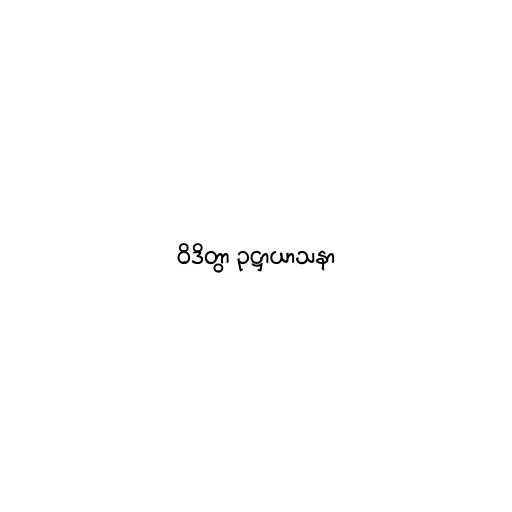
ဝိဒိတွာ ဥဋ္ဌာယာသနာ